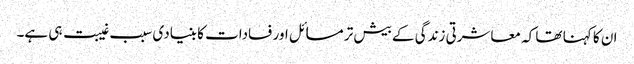
ان کا کہنا تھا کہ معاشرتی زندگی کے بیش تر مسائل اور فسادات کا بنیادی سبب غیبت ہی ہے۔